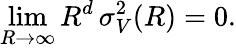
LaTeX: \operatorname*{lim}_{R\to\infty}R^{d}\mathinner{\sigma_{V}^{2}\mathopen{\left(R\right)}}=0.